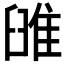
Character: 𨾹